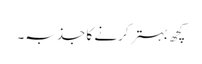
کچھ بہتر کرنے کا جذبہ۔